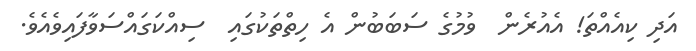
އަދި ކިއެއްތަ! އެއުރެން  ވުމުގެ ސަބަބުން އެ ހިތްތަކުގައި  ސިއްކަގައްސަވާފައިވެއެވެ.